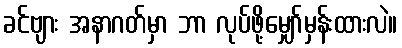
ခင်ဗျား အနာဂတ်မှာ ဘာ လုပ်ဖို့မျှော်မှန်းထားလဲ။